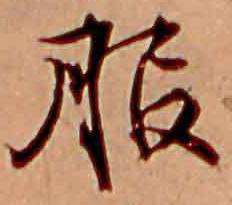
服